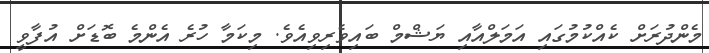
މެންދުރަށް ކެއްކުމުގައި އަމަލްއާއި ޔަޝްމް ބައިވެރިވިއެވެ. މިކަމާ ހުރެ އެންމެ ބޮޑަށް އުފާވީ